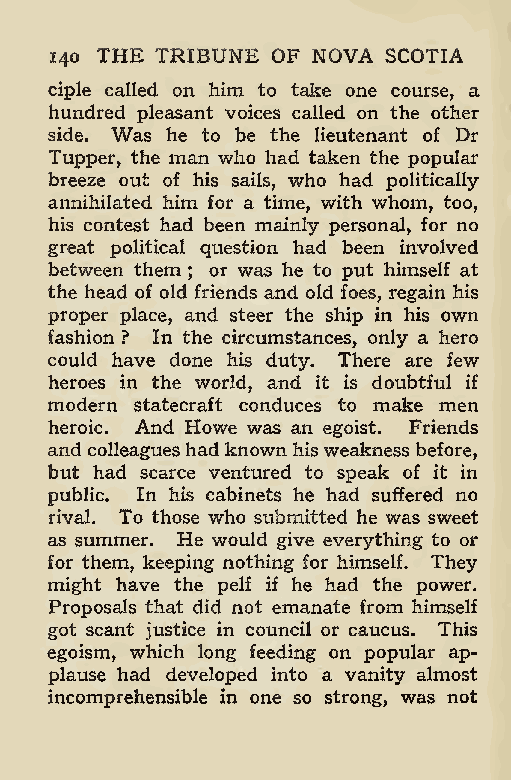
140 THE TRIBUNE OF NOVA SCOTIA
 ciple called on him to take one course, a
 hundred pleasant voices called on the other
 side. Was he to be the lieutenant of Dr
 Tupper, the man who had taken the popular
 breeze out of his sails, who had politically-
 annihilated him for a time, with whom, too,
 his contest had been mainly personal, for no
 great political question had been involved
 between them or was he to put himself at
 ;
 the head of old friends and old foes, regain his
 proper place, and steer the ship in his own
 fashion ? In the circumstances, only a hero
 could have done his duty. There are few
 heroes in the world, and it is doubtful if
 modern statecraft conduces to make men
 heroic. And Howe was an egoist. Friends
 and colleagues had known hisweakness before,
 but had scarce ventured to speak of it in
 public. In his cabinets he had suffered no
 rival. To those who submitted he was sweet
 as summer. He would give everything to or
 for them, keeping nothing for himself. They
 might have the pelf if he had the power.
 Proposals that did not emanate from himself
 got scant justice in council or caucus. This
 egoism, which long feeding on popular ap-
 plause had developed into a vanity almost
 incomprehensible in one so strong, was not